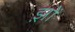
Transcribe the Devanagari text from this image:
झ़ों